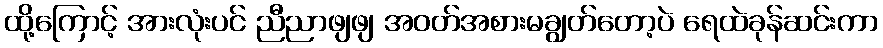
ထို့ကြောင့် အားလုံးပင် ညီညာဖျဖျ အဝတ်အစားမချွတ်တော့ပဲ ရေထဲခုန်ဆင်းကာ